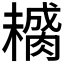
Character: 𱼚